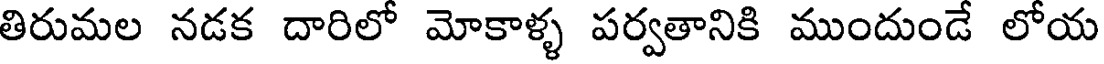
తిరుమల నడక దారిలో మోకాళ్ళ పర్వతానికి ముందుండే లోయ